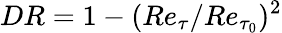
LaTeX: {DR}=1-(Re_{\tau}/Re_{\tau_{0}})^{2}